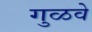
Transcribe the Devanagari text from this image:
गुळवे